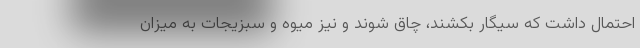
احتمال داشت که سیگار بکشند، چاق شوند و نیز میوه و سبزیجات به میزان